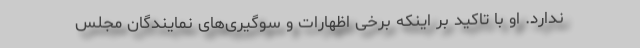
ندارد. او با تاکید بر اینکه برخی اظهارات و سوگیری‌های نمایندگان مجلس